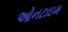
ઓનટાઇમ